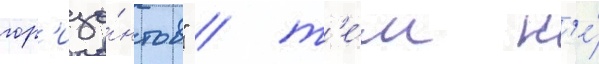
гор'изо́нтов" / т'е́м н'е́